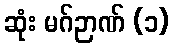
ဆုံး မဂ်ဉာဏ် (၁)